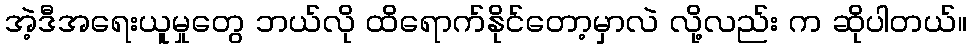
အဲ့ဒီအရေးယူမှုတွေ ဘယ်လို ထိရောက်နိုင်တော့မှာလဲ လို့လည်း က ဆိုပါတယ်။